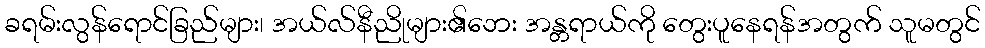
ခရမ်းလွန်ရောင်ခြည်များ၊ အယ်လ်နီညိုများ၏ဘေး အန္တရာယ်ကို တွေးပူနေရန်အတွက် သူမတွင်